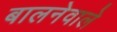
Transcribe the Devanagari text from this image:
बालनेवाले